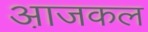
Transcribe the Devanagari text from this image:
आ़जकल